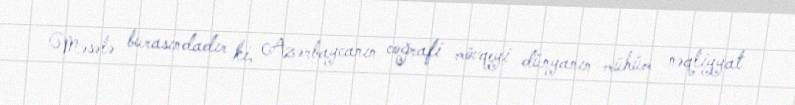
Məsələ burasındadır ki, Azərbaycanın coğrafi mövqeyi dünyanın mühüm nəqliyyat